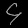
Digit: ၄